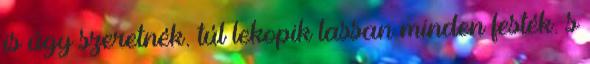
is úgy szeretnék. túl lekopik lassan minden festék. s